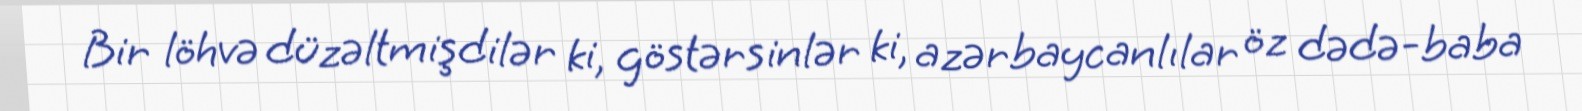
Bir löhvə düzəltmişdilər ki, göstərsinlər ki, azərbaycanlılar öz dədə-baba